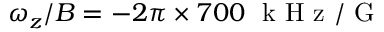
\omega _ { z } / B = - 2 \pi \times 7 0 0 ~ \mathrm { ~ k ~ H ~ z ~ } / \mathrm { ~ G ~ }